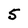
Character: 5